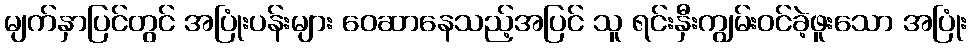
မျက်နှာပြင်တွင် အပြုံးပန်းများ ဝေဆာနေသည့်အပြင် သူ ရင်းနှီးကျွမ်းဝင်ခဲ့ဖူးသော အပြုံး